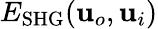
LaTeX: E_{\mathrm{SHG}}(\mathbf{u}_{o},\mathbf{u}_{i})